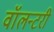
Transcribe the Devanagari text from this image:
वॉलन्टरी